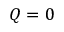
Q = 0